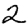
Digit: 2